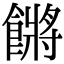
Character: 𩝴